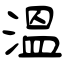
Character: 溫